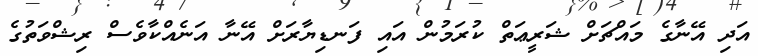
އަދި އޭނާގެ މައްޗަށް ޝަރީޢަތް ކުރަމުން އައި ފަނޑިޔާރަށް އޭނާ އަނެއްކާވެސް ރިޝްވަތުގެ